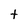
Character: t